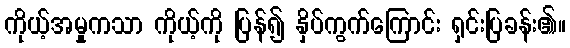
ကိုယ့်အမှုကသာ ကိုယ့်ကို ပြန်၍ နှိပ်ကွက်ကြောင်း ရှင်းပြခန်း၏။